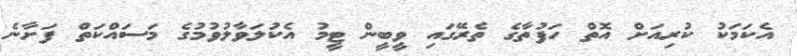
އެކަމަކު ކުރިއަށް އޮތް ހަފުތާގެ ތެރޭގައި ވީބީން ޓީމު އެކުލަވާލުވުމުގެ މަސައްކަތް ފަށާނެ